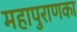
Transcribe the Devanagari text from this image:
महापुराणका